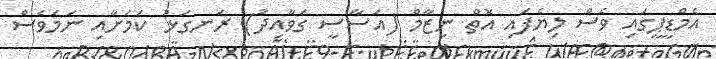
އެމްޑީޕީގައި ވެސް ލިޔެފައި އޮތް ނިޒާމް (އަސާސީ ގަވާއިދު) ރަނގަޅު ކަމަށާއި ނަމަވެސް